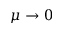
\mu \rightarrow 0